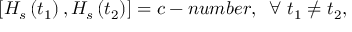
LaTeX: \left[ H _ { s } \left( t _ { 1 } \right) , H _ { s } \left( t _ { 2 } \right) \right] = c - n u m b e r , \, \, \, \forall \, \, t _ { 1 } \neq t _ { 2 } ,